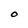
Character: O